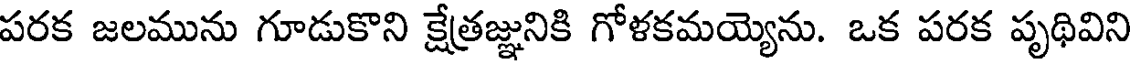
పరక జలమును గూడుకొని క్షేత్రజ్ఞునికి గోళకమయ్యెను. ఒక పరక పృథివిని